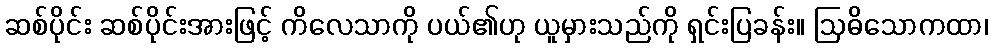
ဆစ်ပိုင်း ဆစ်ပိုင်းအားဖြင့် ကိလေသာကို ပယ်၏ဟု ယူမှားသည်ကို ရှင်းပြခန်း။ ဩဓိသောကထာ၊